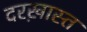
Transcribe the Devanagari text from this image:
दरख़ास्त